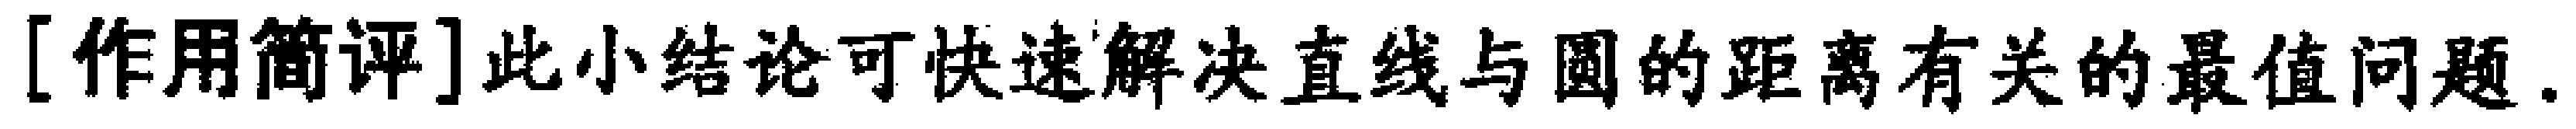
[作用简评]此小结论可快速解决直线与圆的距离有关的最值问题.